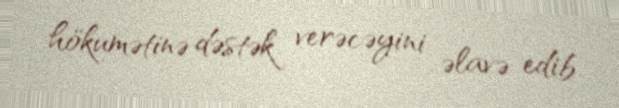
hökumətinə dəstək verəcəyini əlavə edib.